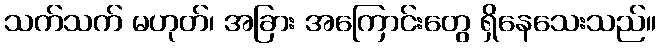
သက်သက် မဟုတ်၊ အခြား အကြောင်းတွေ ရှိနေသေးသည်။